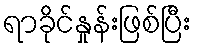
ရာခိုင်နှုန်းဖြစ်ပြီး